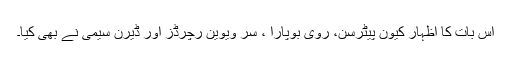
اس بات کا اظہار کیون پیٹرسن، روی بوپارا ، سر ویوین رچرڈز اور ڈیرن سیمی نے بھی کیا۔